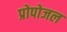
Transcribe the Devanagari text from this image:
प्रोपोजल